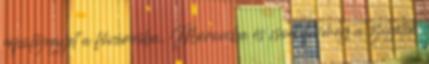
repülőjegyet a fővárosba, Moroniba és csodálja meg a szigetek